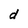
Character: d